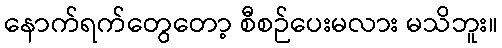
နောက်ရက်တွေတော့ စီစဉ်ပေးမလား မသိဘူး။